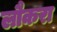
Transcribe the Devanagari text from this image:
लौकरा